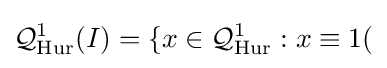
{\mathcal {Q}}_{\mathrm {Hur} }^{1}(I)=\{x\in {\mathcal {Q}}_{\mathrm {Hur} }^{1}:x\equiv 1(